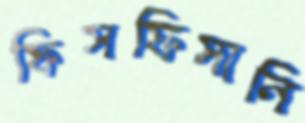
ফিসফিসানি